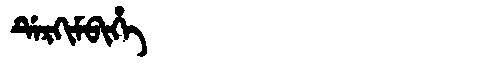
Manchu: ᡩᡝᡵᡴᡳᠮᠪᡳᡥᡝ
Romanization: DERKIMBIHE